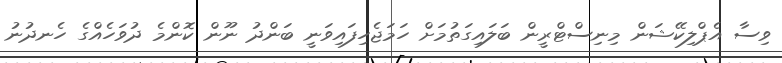
ވިސާ އެޕްލިކޭޝަން މިނިސްޓްރީން ބަލައިގަތުމަށް ހަމަޖެހިފައިވަނީ ބަންދު ނޫން ކޮންމެ ދުވަހެއްގެ ހެނދުނު